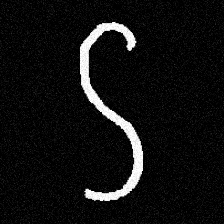
Pyu character \u2014 Myanmar letter: ဌ (romanized: ttha)